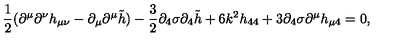
\frac { 1 } { 2 } ( \partial ^ { \mu } \partial ^ { \nu } h _ { \mu \nu } - \partial _ { \mu } \partial ^ { \mu } \tilde { h } ) - \frac { 3 } { 2 } \partial _ { 4 } \sigma \partial _ { 4 } \tilde { h } + 6 k ^ { 2 } h _ { 4 4 } + 3 \partial _ { 4 } \sigma \partial ^ { \mu } h _ { \mu 4 } = 0 ,